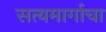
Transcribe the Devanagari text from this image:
सत्यमार्गाचा